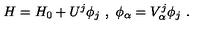
H = H _ { 0 } + U ^ { j } \phi _ { j } \ , \ \phi _ { \alpha } = V _ { \alpha } ^ { j } \phi _ { j } \ .